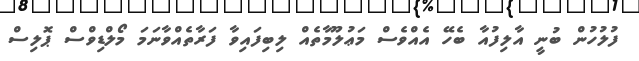
ފުލުހުން ބުނީ އާލިފުއާ ބެހޭ އެއްވެސް މަޢުލޫމާތެއް ލިބިފައިވާ ފަރާތެއްވާނަމަ މޯލްޑިވްސް ޕޮލިސް